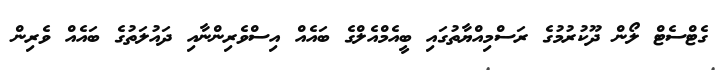
ގެޓްސެޓް ލޯން ދޫކުރުމުގެ ރަސްމިިއްޔާތުގައި ބީއެމްއެލްގެ ބައެއް އިސްވެރިންނާއި ދައުލަތުގެ ބައެއް ވެރިން